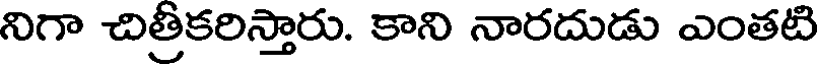
నిగా చిత్రీకరిస్తారు. కాని నారదుడు ఎంతటి